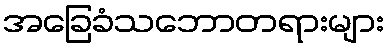
အခြေခံသဘောတရားများ